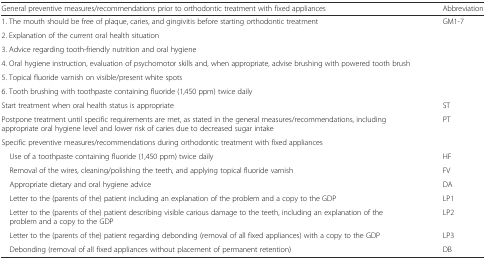
| General preventive measures/recommendations prior to orthodontic treatment with fixed appliances | Abbreviation |
 | --- | --- |
 | 1. The mouth should be free of plaque, caries, and gingivitis before starting orthodontic treatment | <ROWSPAN=6> GM1-7 |
 | 2. Explanation of the current oral health situation |
 | 3. Advice regarding tooth-friendly nutrition and oral hygiene |
 | 4. Oral hygiene instruction, evaluation of psychomotor skills and, when appropriate, advise brushing with powered tooth brush |
 | 5. Topical fluoride varnish on visible/present white spots |
 | 6. Tooth brushing with toothpaste containing fluoride (1,450 ppm) twice daily |
 | Start treatment when oral health status is appropriate | ST |
 | Postpone treatment until specific requirements are met, as stated in the general measures/recommendations, including appropriate oral hygiene level and lower risk of caries due to decreased sugar intake | PT |
 | <COLSPAN=2> Specific preventive measures/recommendations during orthodontic treatment with fixed appliances |
 | Use of a toothpaste containing fluoride (1,450 ppm) twice daily | HF |
 | Removal of the wires, cleaning/polishing the teeth, and applying topical fluoride varnish | FV |
 | Appropriate dietary and oral hygiene advice | DA |
 | Letter to the (parents of the) patient including an explanation of the problem and a copy to the GDP | LP1 |
 | Letter to the (parents of the) patient describing visible carious damage to the teeth, including an explanation of the problem and a copy to the GDP | LP2 |
 | Letter to the (parents of the) patient regarding debonding (removal of all fixed appliances) with a copy to the GDP | LP3 |
 | Debonding (removal of all fixed appliances without placement of permanent retention) | DB |